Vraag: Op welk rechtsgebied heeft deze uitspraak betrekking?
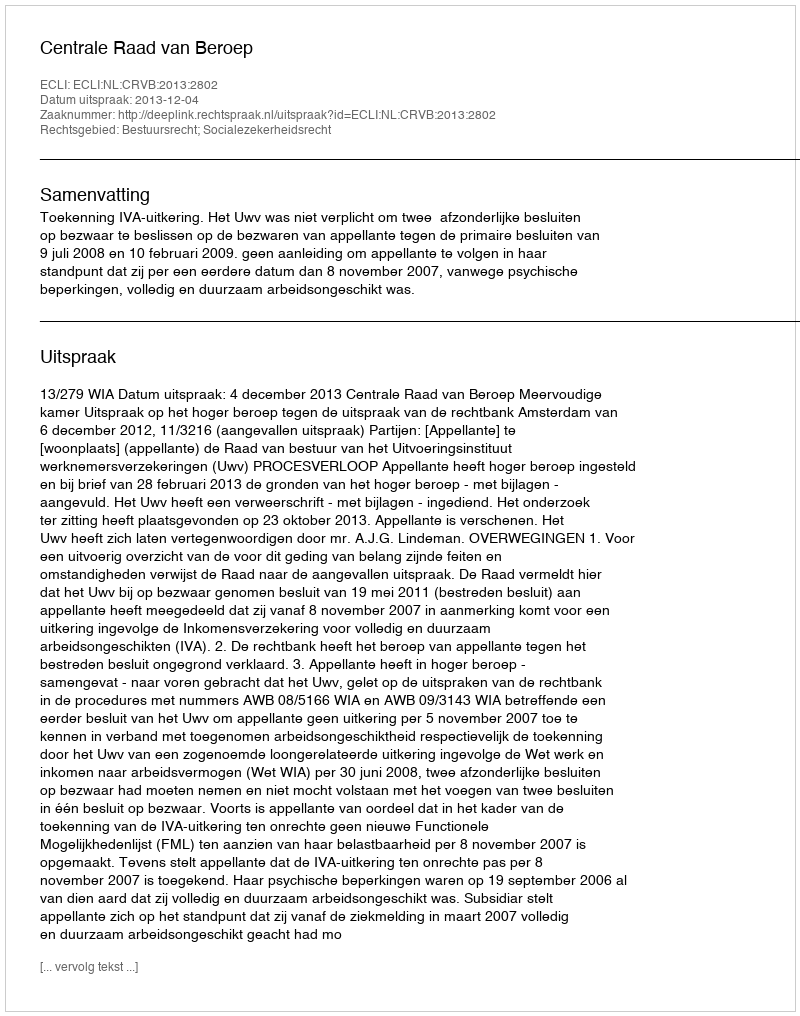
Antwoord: Bestuursrecht; Socialezekerheidsrecht